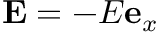
\mathbf { E } = - E \mathbf { e } _ { x }